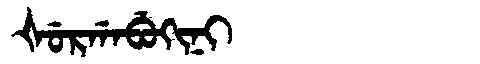
Manchu: ᡧᡠᡵᡤᠠᠪᡠᡴᡳᠨᡳ
Romanization: ŠURGABUKINI